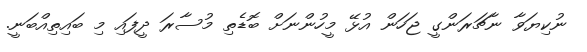
ނުކިޔަވާ ނާޗަރަންގީ ޖަހަން އުޅޭ މީހުންނަށް ބޮޑެތި މުސާރަ ދީފައި މި ބައިތިއްބަނީ.